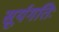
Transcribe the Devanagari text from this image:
सूर्यगतिः